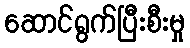
ဆောင်ရွက်ပြီးစီးမှု